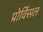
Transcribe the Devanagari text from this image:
प्रोविंसल